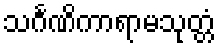
သင်္ဂဏိကာရာမသုတ္တံ